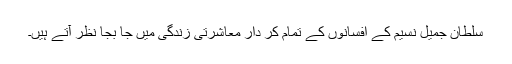
سلطان جمیل نسیم کے افسانوں کے تمام کر دار معاشرتی زندگی میں جا بجا نظر آتے ہیں۔